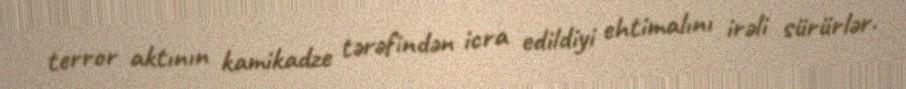
terror aktının kamikadze tərəfindən icra edildiyi ehtimalını irəli sürürlər.